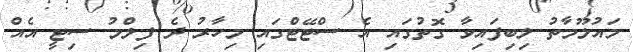
މައުލޫމާތު ލިބިފައިވާ ގޮތުގައި އެ ސްޓޭޓްގައި މިހާރު ދެ ފިލްމު ސިޓީ އެއް